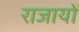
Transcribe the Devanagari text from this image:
राजायों